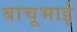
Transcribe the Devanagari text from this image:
बाचूभाई